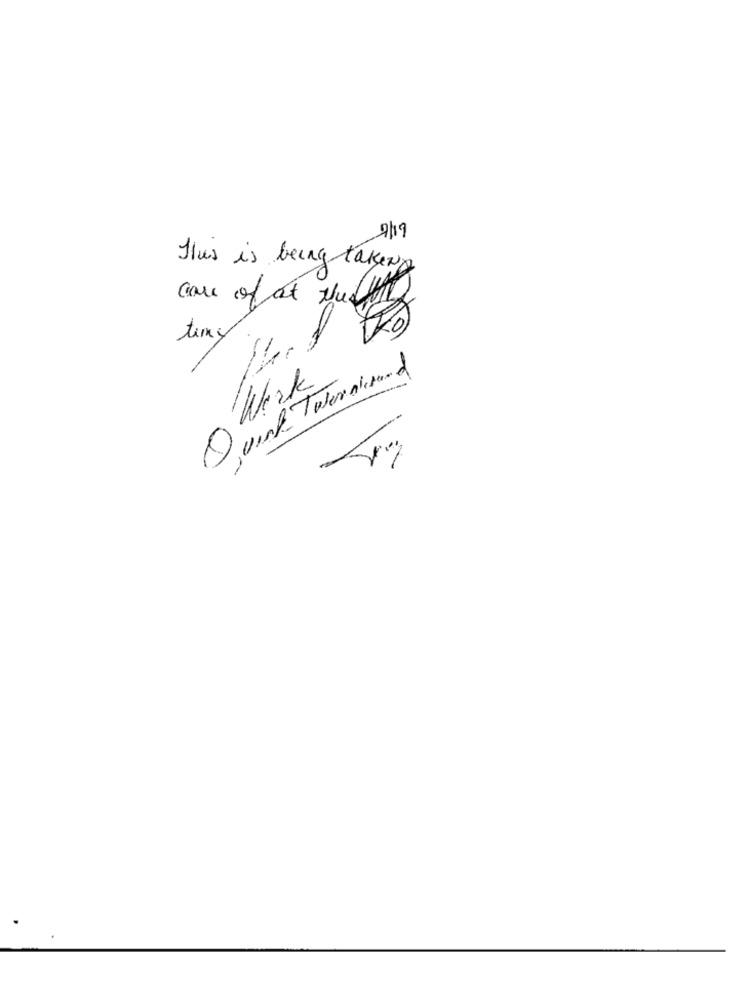
7/19
Thus is being takens
case of at the ts
temy
Quick Twerkerund
Work